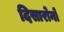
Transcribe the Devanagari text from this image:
दिसारोनो